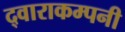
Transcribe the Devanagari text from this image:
द्वाराकम्‍पनी